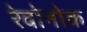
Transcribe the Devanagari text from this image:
रेवोनोक